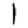
Digit: 1